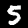
Label: 5